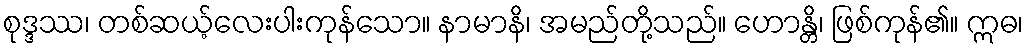
စုဒ္ဒဿ၊ တစ်ဆယ့်လေးပါးကုန်သော။ နာမာနိ၊ အမည်တို့သည်။ ဟောန္တိ၊ ဖြစ်ကုန်၏။ ဣဓ၊